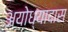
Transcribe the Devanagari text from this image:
अयोध्यादास